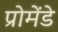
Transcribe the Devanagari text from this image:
प्रोमेंडे